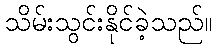
သိမ်းသွင်းနိုင်ခဲ့သည်။